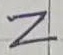
Text: Z